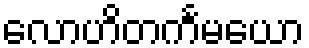
လောဟိတင်္ကမယော